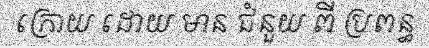
ក្រោយ ដោយ មាន ជំនួយ ពី ប្រពន្ធ